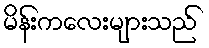
မိန်းကလေးများသည်